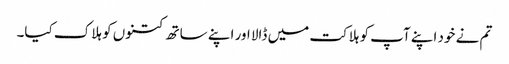
تم نے خود اپنے آپ کو ہلاکت میں ڈالا اور اپنے ساتھ کتنوں کو ہلاک کیا۔